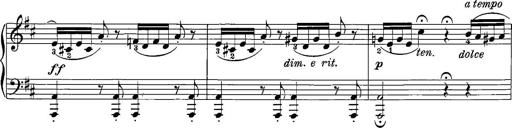
Title: 12 Sonatinas
Composer: Ignaz Pleyel